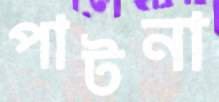
পাটনা